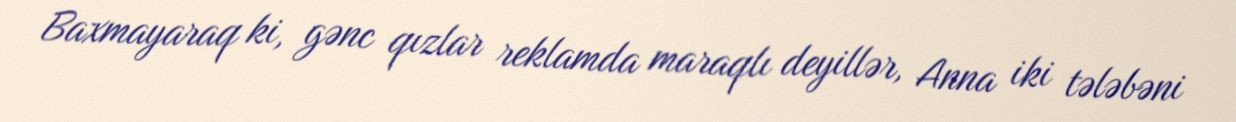
Baxmayaraq ki, gənc qızlar reklamda maraqlı deyillər, Anna iki tələbəni